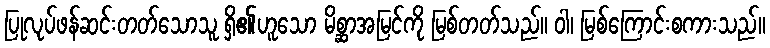
ပြုလုပ်ဖန်ဆင်းတတ်သောသူ ရှိ၏ဟူသော မိစ္ဆာအမြင်ကို မြစ်တတ်သည်။ ဝါ၊ မြစ်ကြောင်းစကားသည်။